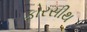
ફોરસીથ